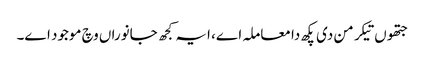
جتھوں تیکر من دی پکھ دا معاملہ اے، ایہ کجھ جانوراں وچ موجود اے۔